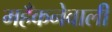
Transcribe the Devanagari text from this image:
महँकनेवाली